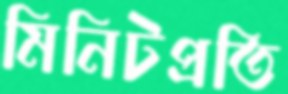
মিনিটপ্রতি